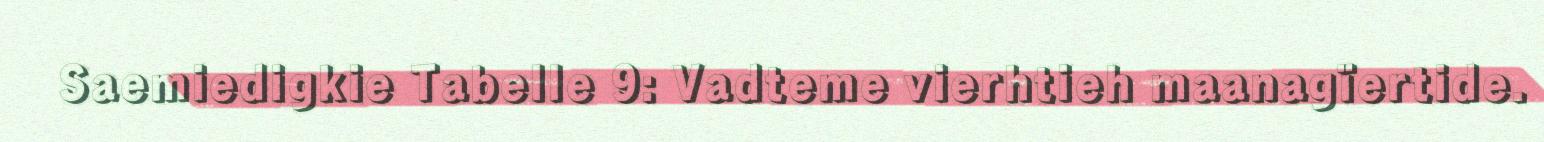
Saemiedigkie Tabelle 9: Vadteme vierhtieh maanagïertide.